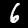
Label: 6